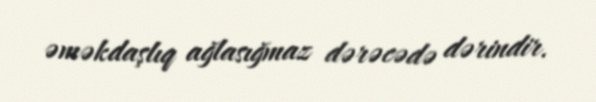
əməkdaşlıq ağlasığmaz dərəcədə dərindir.